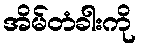
အိမ်တံခါးကို